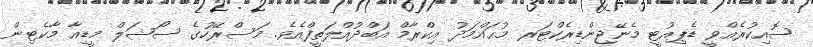
ސޮއިކުރެއްވީ ޑެޕިއުޓީ މެނޭޖިންޑިރެކްޓަރ މުޙައްމަދު އިކްރާމް އަބްދުއްލަތީފްއެވެ. މަސްރޭހުގެ ސޯޝަލް މީޑިއާ މާކެޓިން